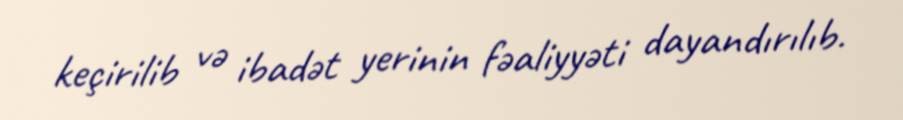
keçirilib və ibadət yerinin fəaliyyəti dayandırılıb.